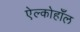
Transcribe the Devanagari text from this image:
ऐल्कोहाँल